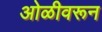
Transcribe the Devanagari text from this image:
ओळीवरून